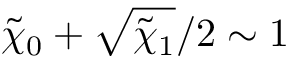
\tilde { \chi } _ { 0 } + \sqrt { \tilde { \chi } _ { 1 } } / 2 \sim 1